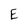
Character: E